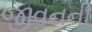
જીવનની